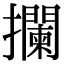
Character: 攔